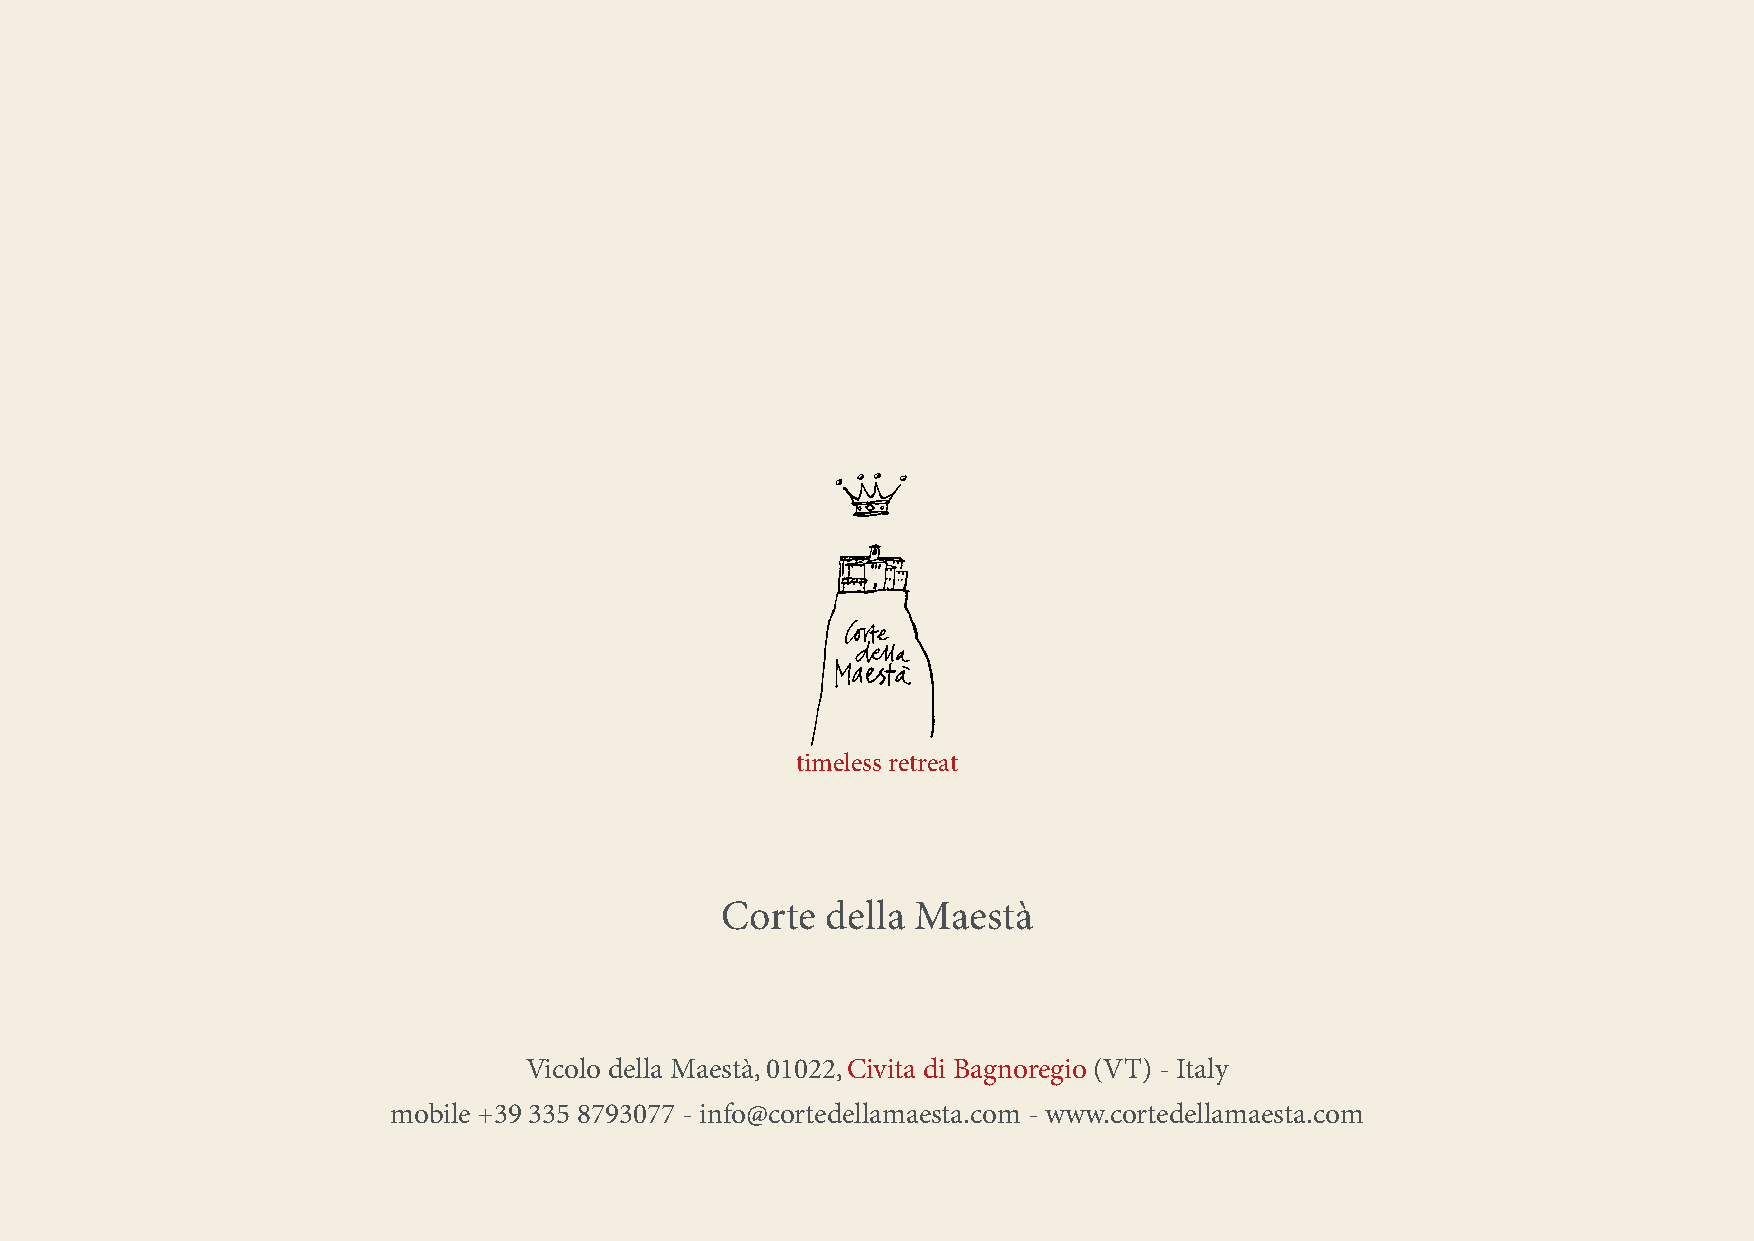
timeless retreat
 Corte  della Maestà
 Vicolo della Maestà, 01022, Civita di Bagnoregio (VT) - Italy
 mobile +39 335 8793077 - info@cortedellamaesta.com - www.cortedellamaesta.com